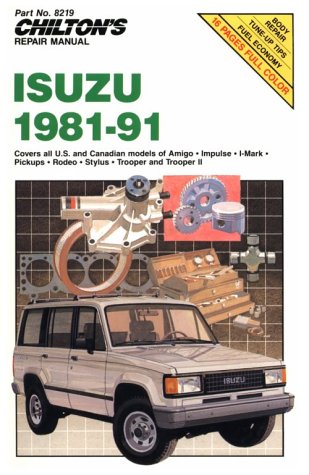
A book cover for Isuzu, 1981-91 (Chilton Model Specific Automotive Repair Manuals); Chilton; Engineering & Transportation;